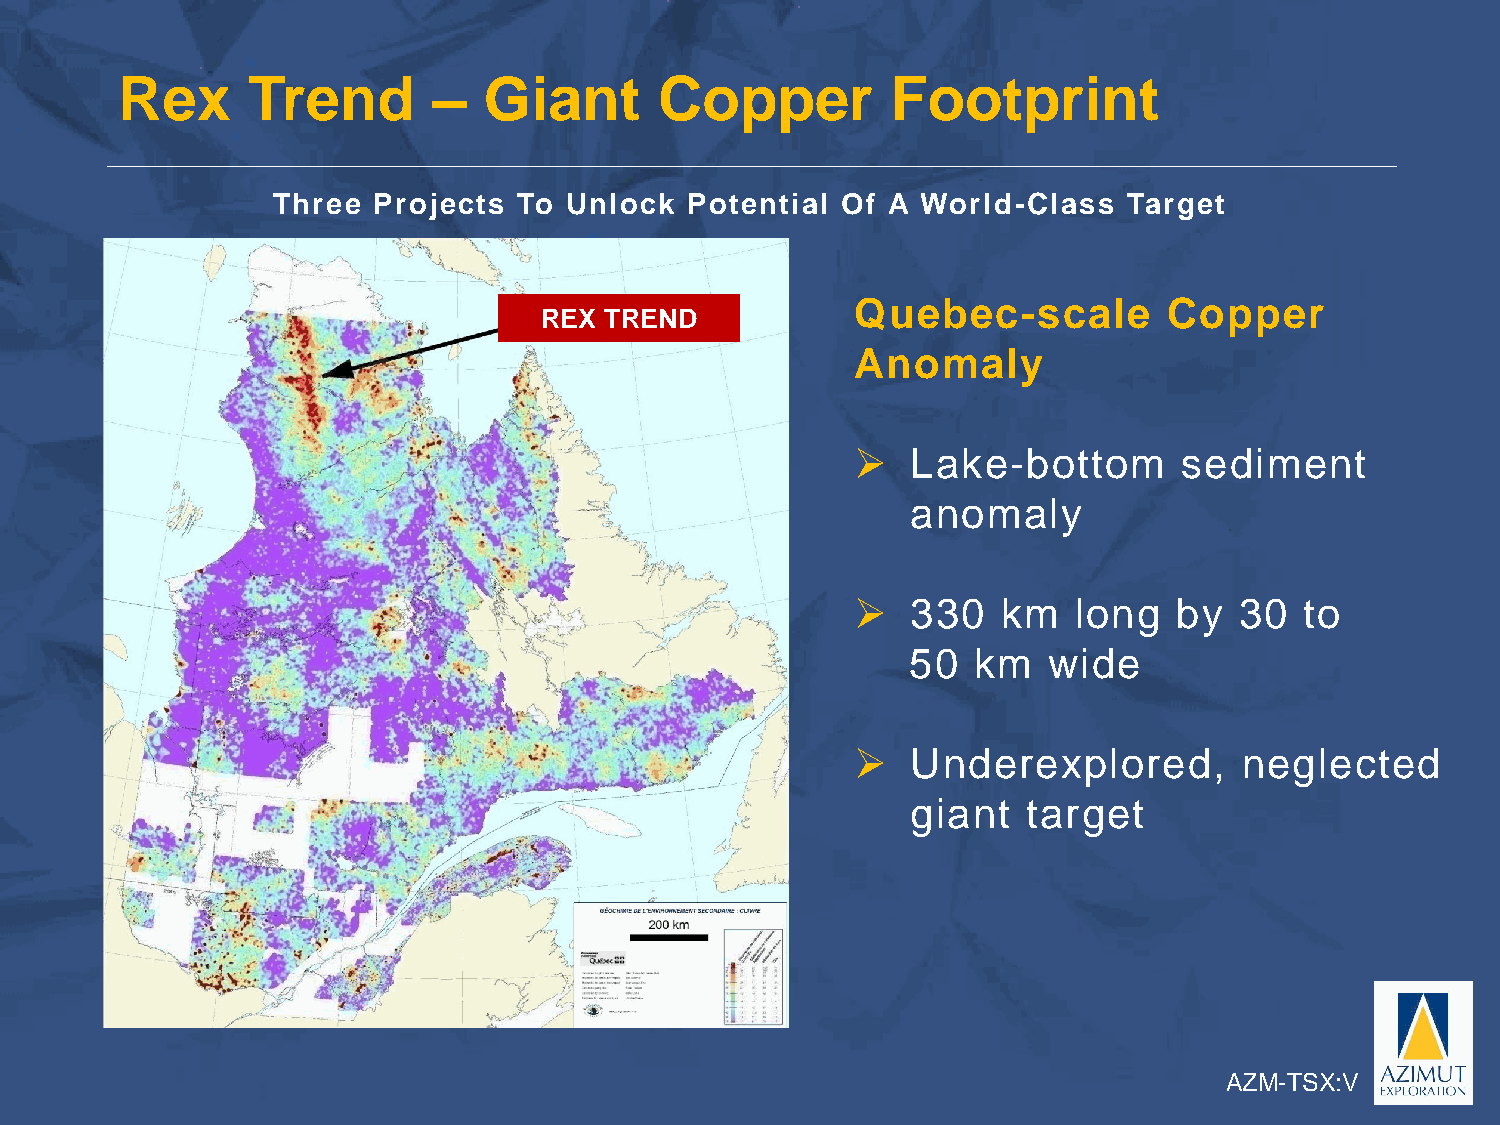
Rex     Trend        –  Giant       Copper         Footprint
 Three  Projects To Unlock  Potential  Of A World-Class   Target
 Quebec-scale        Copper
 REX TREND
 Anomaly
 ➢  Lake-bottom       sediment
 anomaly
 ➢  330   km   long   by  30  to
 50  km   wide
 ➢  Underexplored,        neglected
 giant   target
 AZM-TSX:V